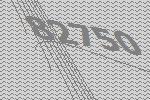
82750